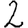
Digit: 2